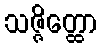
သဇ္ဇိတ္ထော